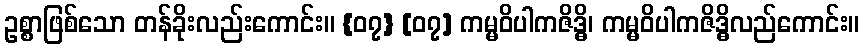
ဥစ္စာဖြစ်သော တန်ခိုးလည်းကောင်း။ {၀၇} [၀၇] ကမ္မဝိပါကဇိဒ္ဓိ၊ ကမ္မဝိပါကဇိဒ္ဓိလည်ကောင်း။